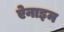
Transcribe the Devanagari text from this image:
ऐनाइम